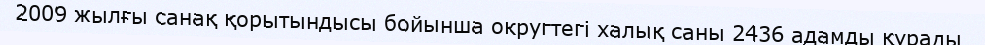
2009 жылғы санақ қорытындысы бойынша округтегі халық саны 2436 адамды құрады.